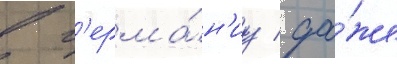
в г'ерма́н'иу / да́же